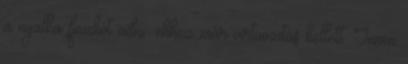
a nyalka ficzkót adni: ehhez már virtuozitás kellett. Innen